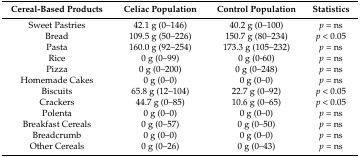
<table><thead><tr><td><b>Cereal-Based Products</b></td><td><b>Celiac Population</b></td><td><b>Control Population</b></td><td><b>Statistics</b></td></tr></thead><tbody><tr><td>Sweet Pastries</td><td>42.1 g (0–146)</td><td>40.2 g (0–100)</td><td><i>p</i> = ns</td></tr><tr><td>Bread</td><td>109.5 g (50–226)</td><td>150.7 g (80–234)</td><td><i>p</i> &lt; 0.05</td></tr><tr><td>Pasta</td><td>160.0 g (92–254)</td><td>173.3 g (105–232)</td><td><i>p</i> = ns</td></tr><tr><td>Rice</td><td>0 g (0–99)</td><td>0 g (0-60)</td><td><i>p</i> = ns</td></tr><tr><td>Pizza</td><td>0 g (0–200)</td><td>0 g (0–248)</td><td><i>p</i> = ns</td></tr><tr><td>Homemade Cakes</td><td>0 g (0–0)</td><td>0 g (0–0)</td><td><i>p</i> = ns</td></tr><tr><td>Biscuits</td><td>65.8 g (12–104)</td><td>22.7 g (0–92)</td><td><i>p</i> &lt; 0.05</td></tr><tr><td>Crackers</td><td>44.7 g (0–85)</td><td>10.6 g (0–65)</td><td><i>p</i> &lt; 0.05</td></tr><tr><td>Polenta</td><td>0 g (0–0)</td><td>0 g (0–0)</td><td><i>p</i> = ns</td></tr><tr><td>Breakfast Cereals</td><td>0 g (0–57)</td><td>0 g (0–50)</td><td><i>p</i> = ns</td></tr><tr><td>Breadcrumb</td><td>0 g (0–0)</td><td>0 g (0–0)</td><td><i>p</i> = ns</td></tr><tr><td>Other Cereals</td><td>0 g (0–26)</td><td>0 g (0–43)</td><td><i>p</i> = ns</td></tr></tbody></table>